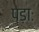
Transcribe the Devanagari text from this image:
पड़ाः